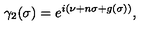
\gamma _ { 2 } ( \sigma ) = e ^ { i ( \nu + n \sigma + g ( \sigma ) ) } ,